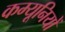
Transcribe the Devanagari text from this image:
कम्यूनियों